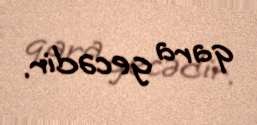
qara gecədir.